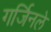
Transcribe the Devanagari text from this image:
गर्जिनले